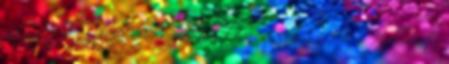
fokozattal rendelkező kung fu mestere, 2008-ban lett a Parlamenti